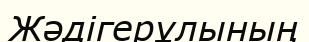
Жәдігерұлының